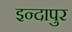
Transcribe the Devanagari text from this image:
इन्दापुर